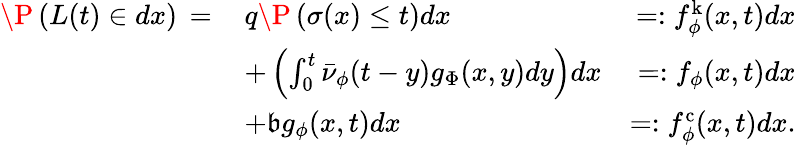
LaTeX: \begin{array}{rlr}{\P\left(L(t)\in dx\right)\, =\, }&{q\P\left(\sigma(x)\leq t\right)dx}&{=:f_{\phi}^{\mathrm{k}}(x,t)dx}\\ &{+\left(\int_{0}^{t}\bar{\nu}_{\phi}(t-y)g_{\Phi}(x,y)dy\right)dx}&{=:f_{\phi}(x,t)dx}\\ &{+\mathfrak{b}g_{\phi}(x,t)dx}&{=:f_{\phi}^{\mathrm{c}}(x,t)dx.}\end{array}